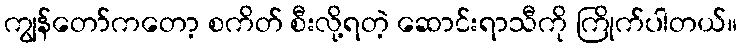
ကျွန်တော်ကတော့ စကိတ် စီးလို့ရတဲ့ ဆောင်းရာသီကို ကြိုက်ပါတယ်။